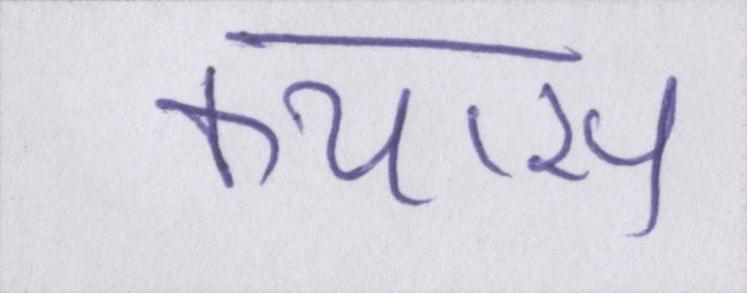
कयास